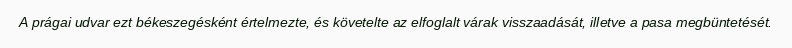
A prágai udvar ezt békeszegésként értelmezte, és követelte az elfoglalt várak visszaadását, illetve a pasa megbüntetését.